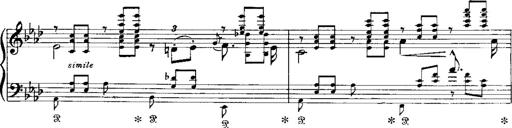
Title: Miserere du Trovatore
Composer: Franz Liszt